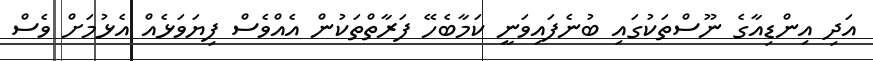
އަދި އިންޑިއާގެ ނޫސްތަކުގައި ބުނެފައިވަނީ ކަމާބެހޭ ފަރާތްތަކުން އެއްވެސް ފިޔަވަޅެއް އެޅުމަށް ވެސް